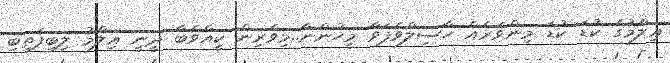
ޢިލްމުގެ ކުޑަ ކުޑަ މިންވަރެއް ހާސިލްވެފަވާ މީހުންނާ..މިވެރިން ކީއްވެބާ ދީނީ ޢިލްމު ލިބިފަތިބި